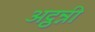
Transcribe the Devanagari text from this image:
अट्ठन्नी